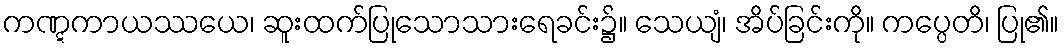
ကဏ္ဋကာယဿယေ၊ ဆူးထက်ပြုသောသားရေခင်း၌။ သေယျံ၊ အိပ်ခြင်းကို။ ကပ္ပေတိ၊ ပြု၏။